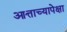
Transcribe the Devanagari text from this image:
आत्ताच्यापेक्षा